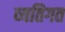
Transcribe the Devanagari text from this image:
व्‍यतिगत